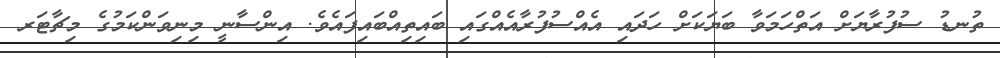
ތުނޑު ސުފުރާޔަށް އަތްހަމަވާ ބަޔަކަށް ހަދައި އެއްސުފުރާއެއްގައި ބައިތިއްބައިފައެވެ. އިންސާނީ މިނިވަންކަމުގެ މިޗާޓަރ